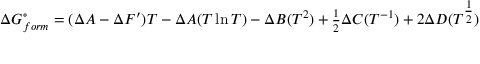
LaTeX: \Delta G _ { f o r m } ^ { \circ } = ( \Delta A - \Delta F ^ { \prime } ) T - \Delta A ( T \ln T ) - \Delta B ( T ^ { 2 } ) + \textstyle { \frac { 1 } { 2 } } \Delta C ( T ^ { - 1 } ) + 2 \Delta D ( T ^ { \textstyle { \frac { 1 } { 2 } } } )